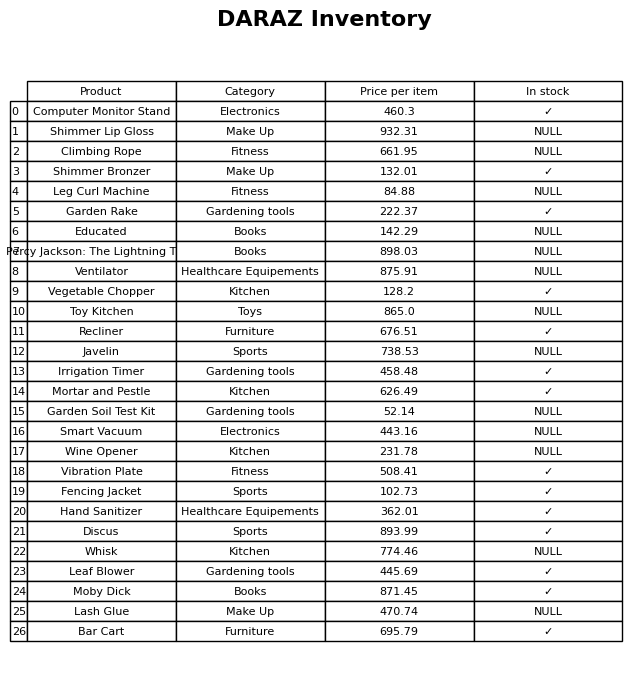
question: What is the price for Computer Monitor Stand?
answer: The price of Computer Monitor Stand is 460.3.